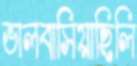
ভালবাসিয়াছিলি